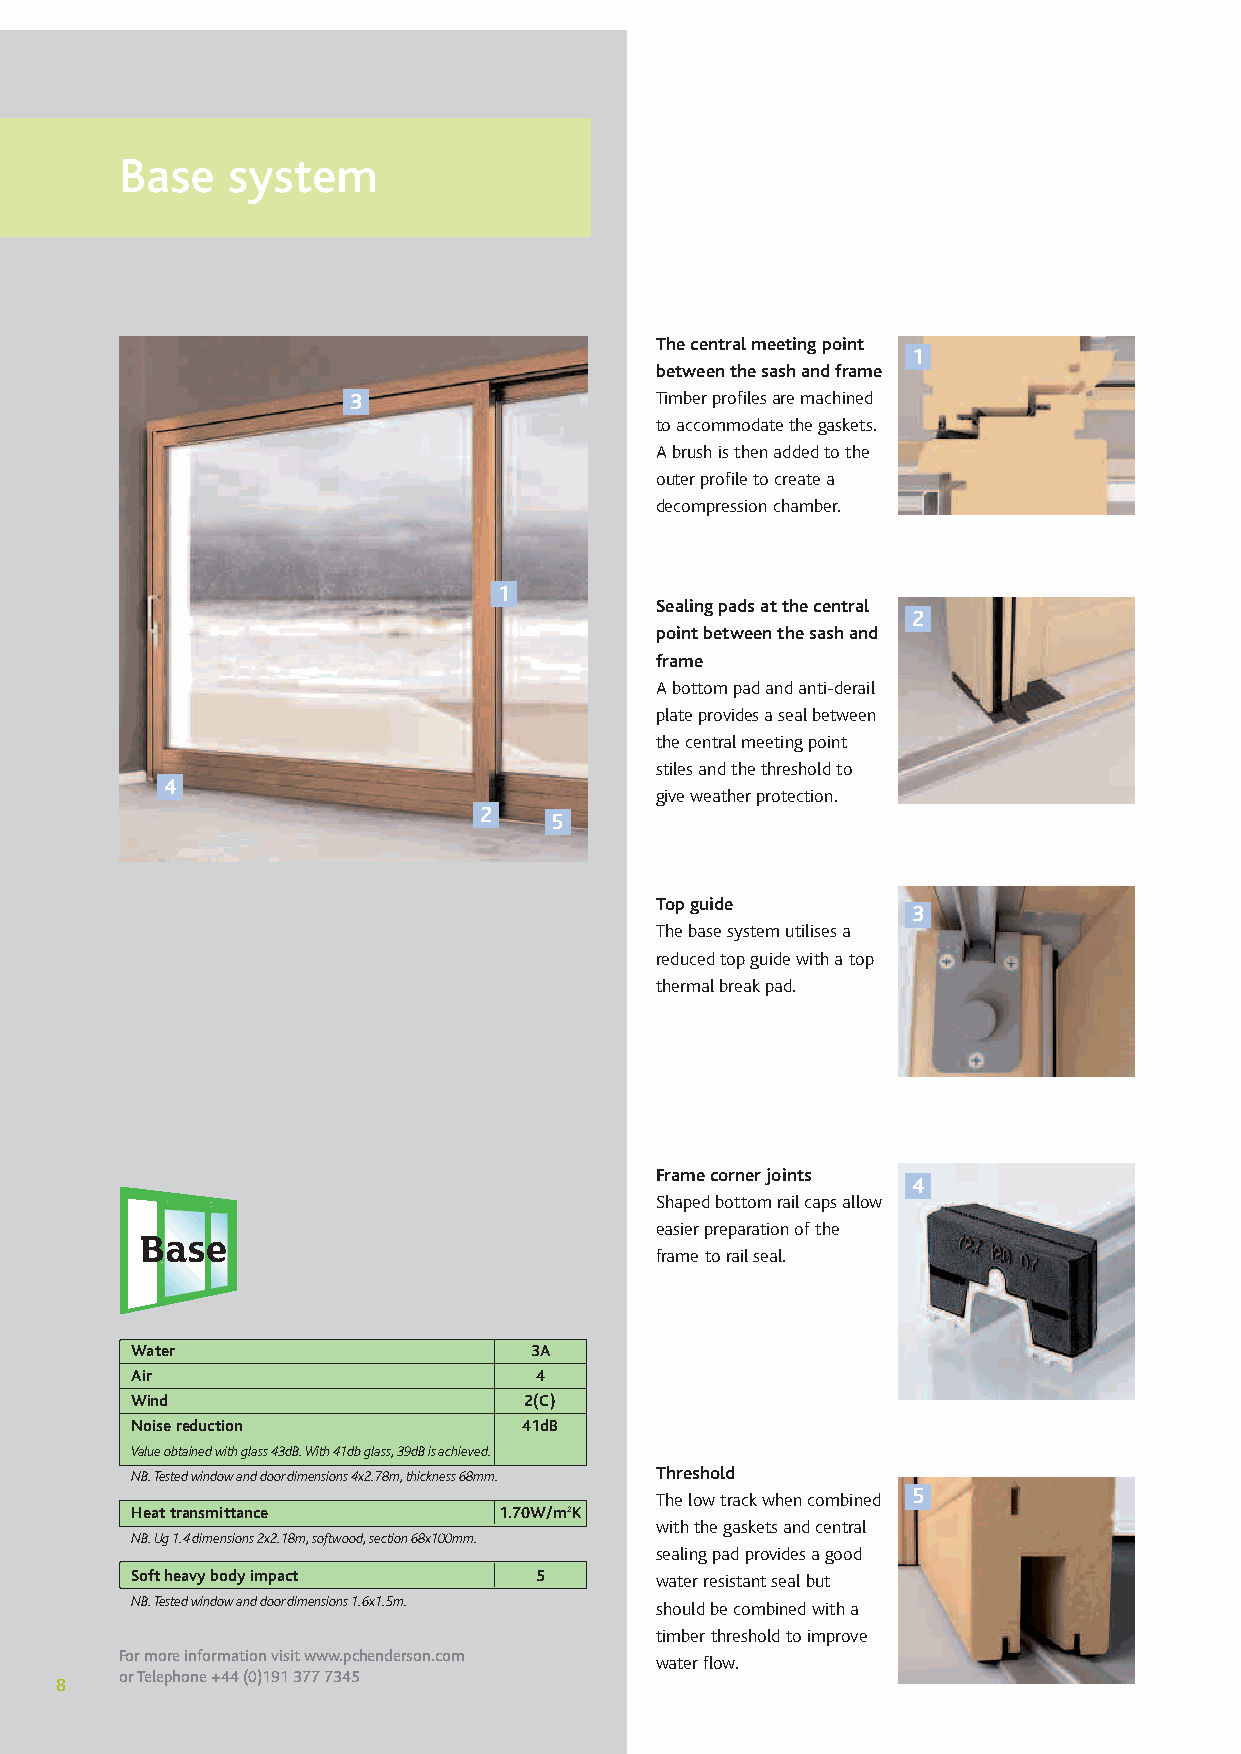
Base   system
 The central meeting point
 1
 between the sash and frame
 3                   Timber profiles are machined
 to accommodate the gaskets.
 Abrush is then added to the
 outer profile to create a
 decompression chamber.
 1
 Sealing pads at the central
 2
 point between the sash and
 frame
 Abottom pad and anti-derail
 plate provides a seal between
 the central meeting point
 stiles and the threshold to
 4
 give weather protection.
 2
 5
 Top guide
 3
 The base system utilises a
 reduced top guide with a top
 thermal break pad.
 Frame corner joints
 4
 Shaped bottom rail caps allow
 easier preparation of the
 Base        Intermediate       Climatech
 frame to rail seal.
 Water                     3A
 Air                       4
 Wind                      2(C)
 Noise reduction           41dB
 Value obtained with glass 43dB.With 41db glass,39dB is achieved.
 NB.Tested window and door dimensions 4x2.78m,thickness 68mm. Threshold
 The low track when combined 5
 Heat transmittance      1.70W/m2K
 with the gaskets and central
 NB.Ug 1.4 dimensions 2x2.18m,softwood,section 68x100mm.
 sealing pad provides a good
 Soft heavy body impact    5       water resistant seal but
 NB.Tested window and door dimensions 1.6x1.5m. should be combined with a
 timber threshold to improve
 For more information visit www.pchenderson.com water flow.
 or Telephone +44 (0)191 377 7345
 8